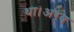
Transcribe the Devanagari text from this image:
था।अरब